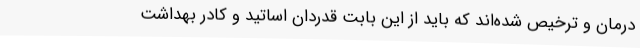
درمان و ترخیص شده‌اند که باید از این بابت قدردان اساتید و کادر بهداشت